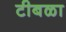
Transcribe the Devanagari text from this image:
टीबळा